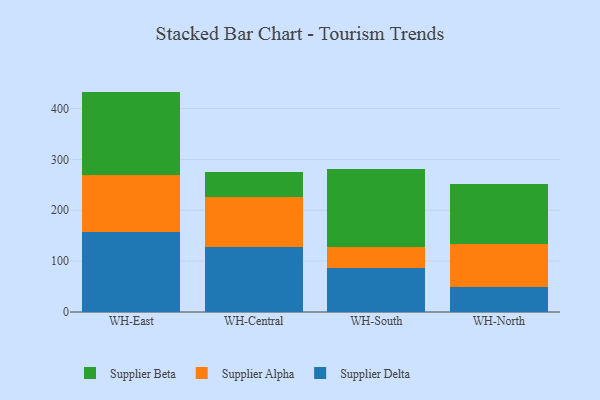
{"axis": {"x": "Warehouse", "y": "Temperature (°C)"}, "legend": ["Supplier Alpha", "Supplier Beta", "Supplier Delta"], "data": [{"x": "WH-East", "y": 157.5, "type": "Supplier Delta"}, {"x": "WH-East", "y": 111.9, "type": "Supplier Alpha"}, {"x": "WH-East", "y": 164.0, "type": "Supplier Beta"}, {"x": "WH-Central", "y": 127.6, "type": "Supplier Delta"}, {"x": "WH-Central", "y": 98.3, "type": "Supplier Alpha"}, {"x": "WH-Central", "y": 49.5, "type": "Supplier Beta"}, {"x": "WH-South", "y": 86.1, "type": "Supplier Delta"}, {"x": "WH-South", "y": 42.0, "type": "Supplier Alpha"}, {"x": "WH-South", "y": 153.2, "type": "Supplier Beta"}, {"x": "WH-North", "y": 48.8, "type": "Supplier Delta"}, {"x": "WH-North", "y": 85.3, "type": "Supplier Alpha"}, {"x": "WH-North", "y": 116.8, "type": "Supplier Beta"}]}